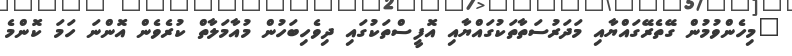
"މިހެންވުމުން ގޭތެރޭގައްޔާއި މަދަރުސަތާތަކުގައްޔާއި އޮފީސްތަކުގައި ދިވެހިބަހުން މުއާމަލާތް ކުރެވެން އޮންނަ ހަމަ ކޮންމެ